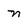
Character: n